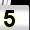
Digit: 5